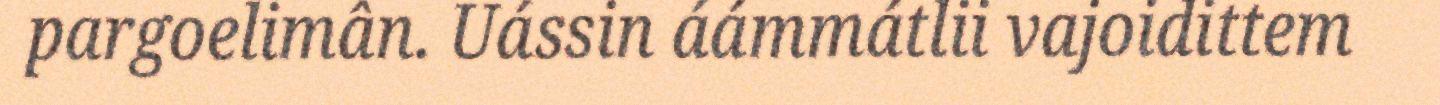
pargoelimân. Uássin áámmátlii vajoidittem